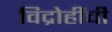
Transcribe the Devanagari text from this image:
विद्रोहींची